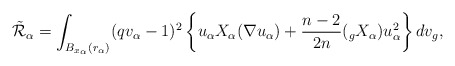
\begin{align*} \tilde{\mathcal{R}}_{\alpha}= \int_{B_{x_\alpha}(r_\alpha)} (qv_\alpha-1)^2 \left\{u_\alpha X_\alpha(\nabla u_\alpha) +\frac{n-2}{2n}(_g X_\alpha) u_\alpha^2\right\} dv_g, \end{align*}